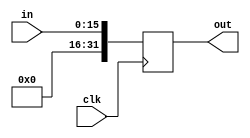
module sign_extender(clk, in, out);
input clk;
input [15:0] in;
output reg [31:0] out;

always@(posedge clk) begin

 out[31:16]=1'b0;
 out[15:0]=in[15:0];

end 

endmodule // sign_extender